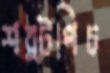
শর্টপিচ